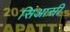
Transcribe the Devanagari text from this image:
सिआसी